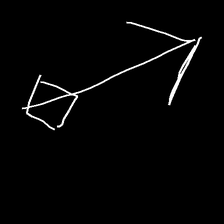
Glyph: focus